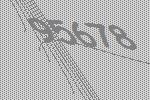
95678